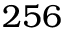
2 5 6